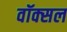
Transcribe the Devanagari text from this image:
वॉक्‍सल